Leaving Certificate Examination, 1918, 1918
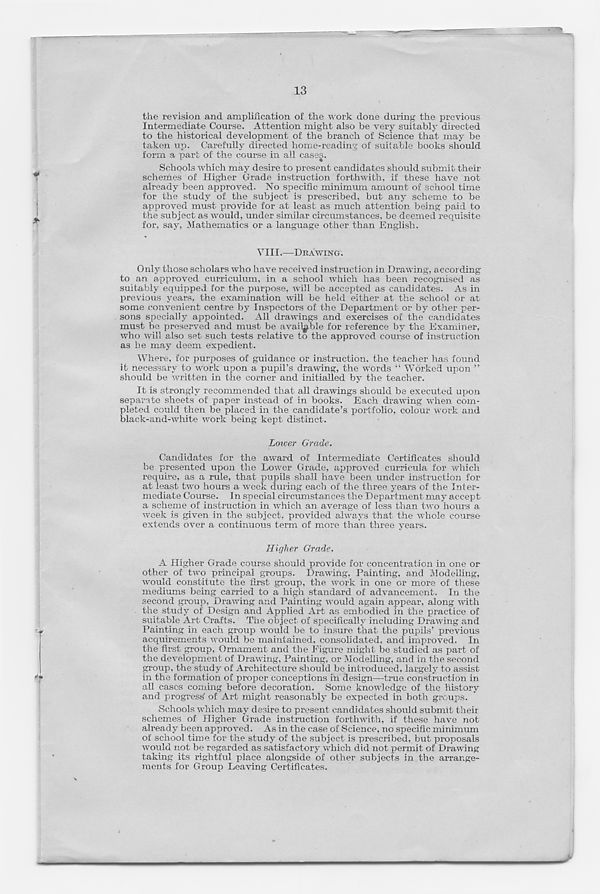
13
the revision and amplification of the work done during the previous
Intermediate Course. Attention might also be very suitably directed
to the historical development of the branch of Science that may be
taken up. Carefully directed home-reading of suitable books should
form a part of the course in all cases.
Schools which may desire to present candidates should submit their
schemes of Higher Grade instruction forthwith, if these have not
already been approved. No specific minimum amount of school time
for the study of the subject is prescribed, but any scheme to be
approved must provide for at least as much attention being paid to
the subject as would, under similar circumstances, be deemed requisite
for, say, Mathematics or a language other than English.
VIII.—DRAWING.
Only those scholars who have received instruction in Drawing, according
to an approved curriculum, in a school which has been recognised as
suitably equipped for the purpose, will be accepted as candidates. As in
previous years, the examination will be held either at the school or at
some convenient centre by Inspectors of the Department or by other per-
sons specially appointed. All drawings and exercises of the candidates
must be preserved and must be available for reference by the Examiner,
who will also set such tests relative to the approved course of instruction
as be may deem expedient.
Where, for purposes of guidance or instruction, the teacher has found
it necessary to work upon a pupil’s drawing, the words “ Worked upon ”
should be written in the corner and initialled by the teacher.
It is strongly recommended that all drawings should be executed upon
separate sheets of paper instead of in books. Each drawing when com-
pleted could then be placed in the candidate’s portfolio, colour work and
black-and-white work being kept distinct.
Lower Grade.
Candidates for the award of Intermediate Certificates should
be presented upon the Lower Grade, approved curricula for which
require, as a rule, that pupils shall have been under instruction for
at least two hours a week during each of the three years of the Inter-
mediate Course. In special circumstances the Department may accept
a scheme of instruction in which an average of less than two hours a
week is given in the subject, provided always that the whole course
extends over a continuous term of more than three years.
Higher Grade.
A Higher Grade course should provide for concentration in one or
other of two principal groups. Drawing, Painting, and Modelling,
would constitute the first group, the work in one or more of these
mediums being carried to a high standard of advancement. In the
second group, Drawing and Painting would again appear, along with
the study of Design and Applied Art as embodied in the practice of
suitable Art Crafts. The object of specifically including Drawing and
Painting in each group would be to insure that the pupils’ previous
acquirements would be maintained, consolidated, and improved. In
the first group, Ornament and the Figure might be studied as part of
the development of Drawing, Painting, or Modelling, and in the second
group, the study of Architecture should be introduced, largely to assist
in the formation of proper conceptions in design—true construction in
all cases coming before decoration. Some knowledge of the history
and progress' of Art might reasonably be expected in both groups.
Schools which may desire to present candidates should submit their
schemes of Higher Grade instruction forthwith, if these have not
already been approved . As in the case of Science, no specific minimum
of school time for the study of the subject is prescribed, but proposals
would not be regarded as satisfactory which did not permit of Drawing
taking its rightful place alongside of other subjects in the arrange-
ments for Group Leaving Certificates.